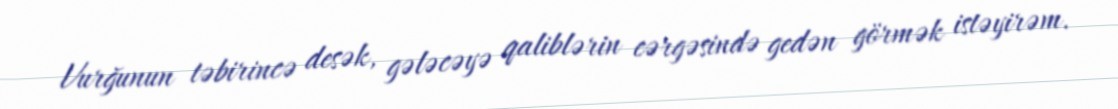
Vurğunun təbirincə desək, gələcəyə qaliblərin cərgəsində gedən görmək istəyirəm.